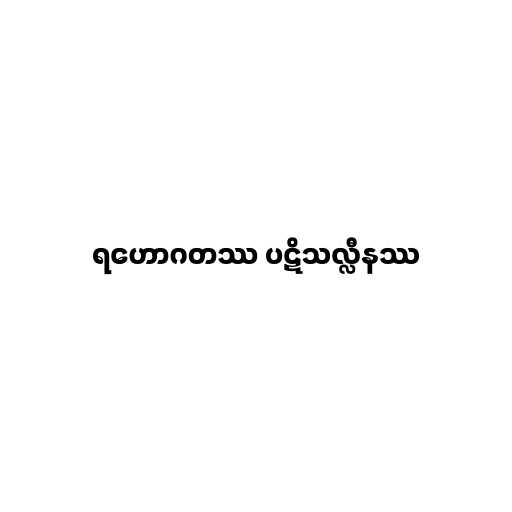
ရဟောဂတဿ ပဋိသလ္လီနဿ